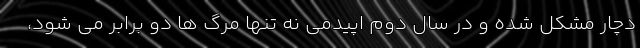
دچار مشکل شده و در سال دوم اپیدمی نه تنها مرگ ها دو برابر می شود،